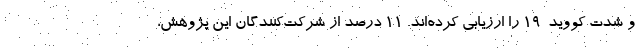
و شدت کووید-۱۹ را ارزیابی کرده‌اند. ۱۱ درصد از شرکت‌کنندگان این پژوهش،